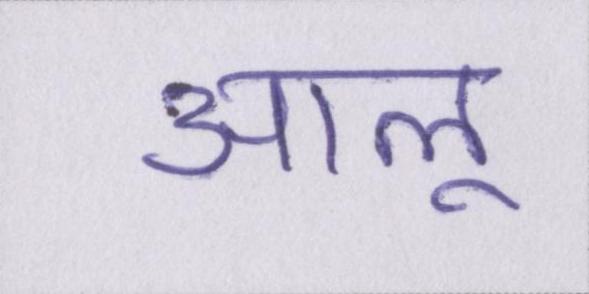
आलू